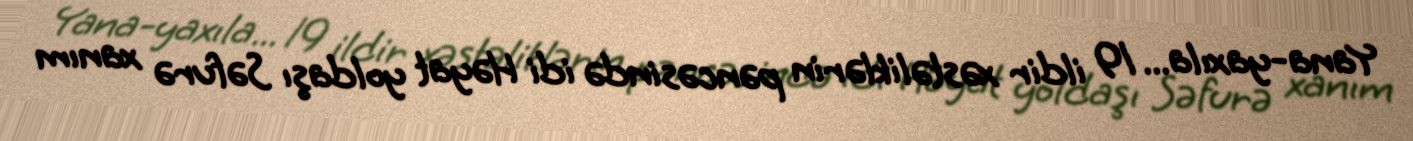
Yana-yaxıla... 19 ildir xəstəliklərin pəncəsində idi Həyat yoldaşı Səfurə xanım